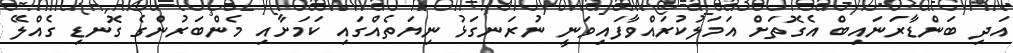
އަދި ބަންޑާރަނައިބް އެގޮތަށް އަމަލުކުރައްވާފައިވަނީ ނުރަނގަޅު ނިޔަތެއްގައި ކަމަށާއި މެންބަރުންގެ ގޮނޑި ގެއްލޭ